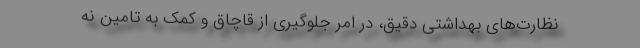
نظارت‌های بهداشتی دقیق، در امر جلوگیری از قاچاق و کمک به تامین نه